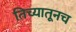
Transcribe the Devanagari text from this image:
तिच्यातूनच